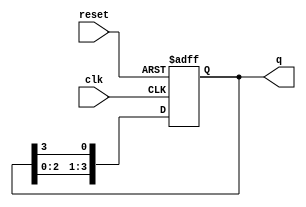
module ring_counter (
    input wire clk,          // Clock input
    input wire reset,        // Asynchronous reset
    output reg [3:0] q       // 4-bit output
);

    // Initial state
    initial begin
        q = 4'b0001;         // Initialize to 0001
    end

    // Always block triggered on the rising edge of the clock or the reset
    always @(posedge clk or posedge reset) begin
        if (reset) begin
            q <= 4'b0001;     // Reset to initial state
        end else begin
            // Shift the '1' to the next position
            q <= {q[2:0], q[3]}; // Shift left and wrap around
        end
    end

endmodule